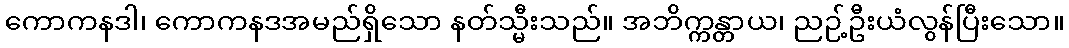
ကောကနဒါ၊ ကောကနဒအမည်ရှိသော နတ်သ္မီးသည်။ အဘိက္ကန္တာယ၊ ညဉ့်ဦးယံလွန်ပြီးသော။